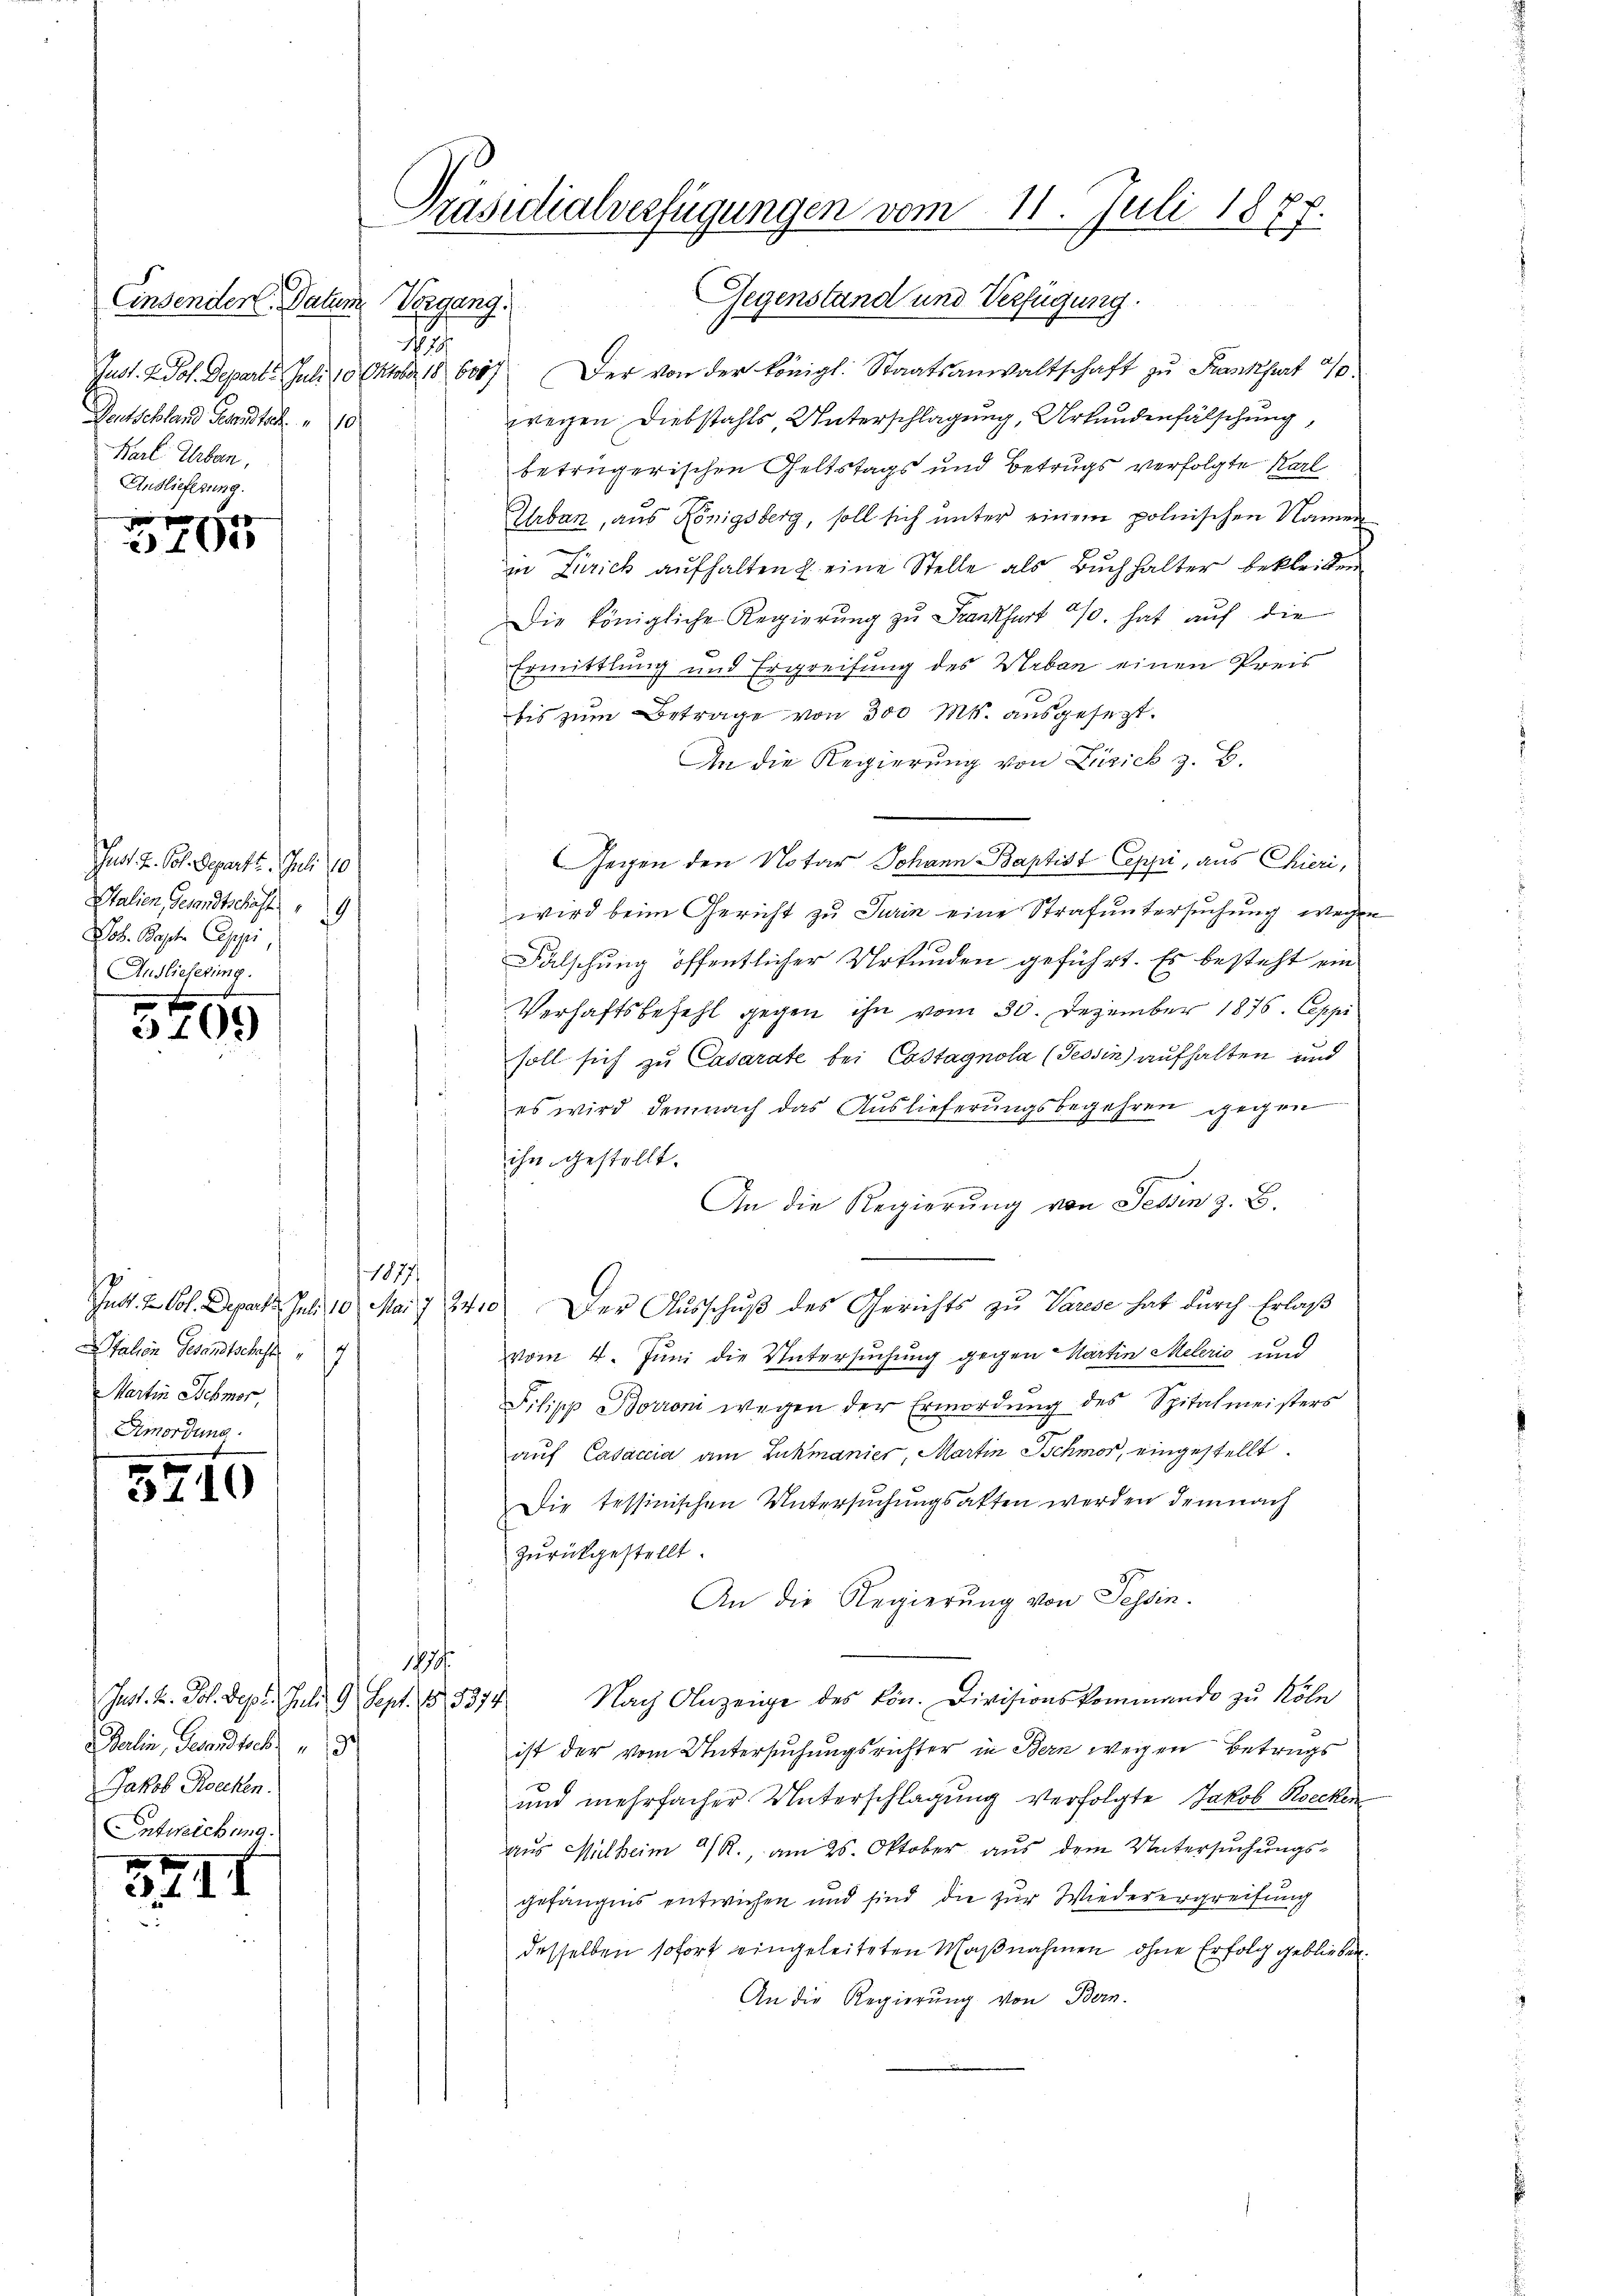
Einsender Datum Vergang.
No. 29.
Deutschland Gesandte 10
Karl Urban,
Anslieferung.

f x
3407

Ju. 2. Joh. Separtt. Febr. 10
Italien, Gesandtschäft
.
Job. Bapt. Ceppi,
Auslieferung.

3409)

1877/
Italien Gesandtschaft
1
Martin Schmor,
C

5240

10 x
. 1. I

Präsidialverfügungen vom 11. Juli 1877.

Jnst. 2. Joh. Sept. Juli G. Sept. 18, 1374
Berlin, Gesandtsch
Jakob Roecken.
Entweichung.

Gegenstand und Verfügung.
Just. 2. Jos. Departe Juli 10. Oktober 186007. Der von der königl. Staatsanwaltschaft zu Frankfurt 40.
wegen Diebstahls Unterschlagung, Urkundenfälschung,
betrügerischen Geltstags und Betrugs verfolgte Karl
Urban, aus Königsberg, soll sich unter einem polnischen Namen
in Zürich aufhalten u. eine Stelle als Buchhalter bekleiden
Die königliche Regierung zu Frankfurt 4%. hat auf die
Ermittlung und Ergreifung des Urban einen Preis
bis zum Betrage von 300 Mk. ausgesezt.
An die Regierung von Zürich z. B.
Gegen den Notar Johann Baptist Coppi, aus Chieri,
wird beim Gericht zu Turin eine Strafuntersuchung wegen
Fälschung öffentlicher Urkunden geführt. Es besteht ein
Verhaftsbefehl gegen ihn vom 30. Dezember 1876. Apri
soll sich zu Casarate bei Costagnola (Tessin) aufhalten und
4
es wird demnach das Auslieferungsbegehren gegen
ihn gestellt.
An die Regierung von Tessin z. B.
Intt. I. Vol. Depart. Juli 10. Mai 1840. Der Ausschuß des Gerichts zu Varese hat durch Erlaß
vom 4. Juni die Untersuchung gegen Martin Melerić und
Pilipp Borroni wegen der Ermordung des Spitalmeisters
auf Casaccia am Lukmanier, Martin Schmor, eingestellt.
Die tessinischen Untersuchungsakten werden demnach
zurückgestellt.
An die Regierung von Tessin.
187/
Nach Anzeige des kön. Divisionskommando zu Köln
ist der vom Untersuchungsrichter in Bern wegen Betrugs
und mehrfacher Unterschlagung verfolgte Jakob Boecken
aus Mülheim 9/R., am 25. Oktober aus dem Untersuchungsgefängnis entwichen und sind die zur Wiederergreifung
desselben sofort eingeleiteten Maßnahmen ohne Erfolg geblieben.
An die Regierŭng von Bern.